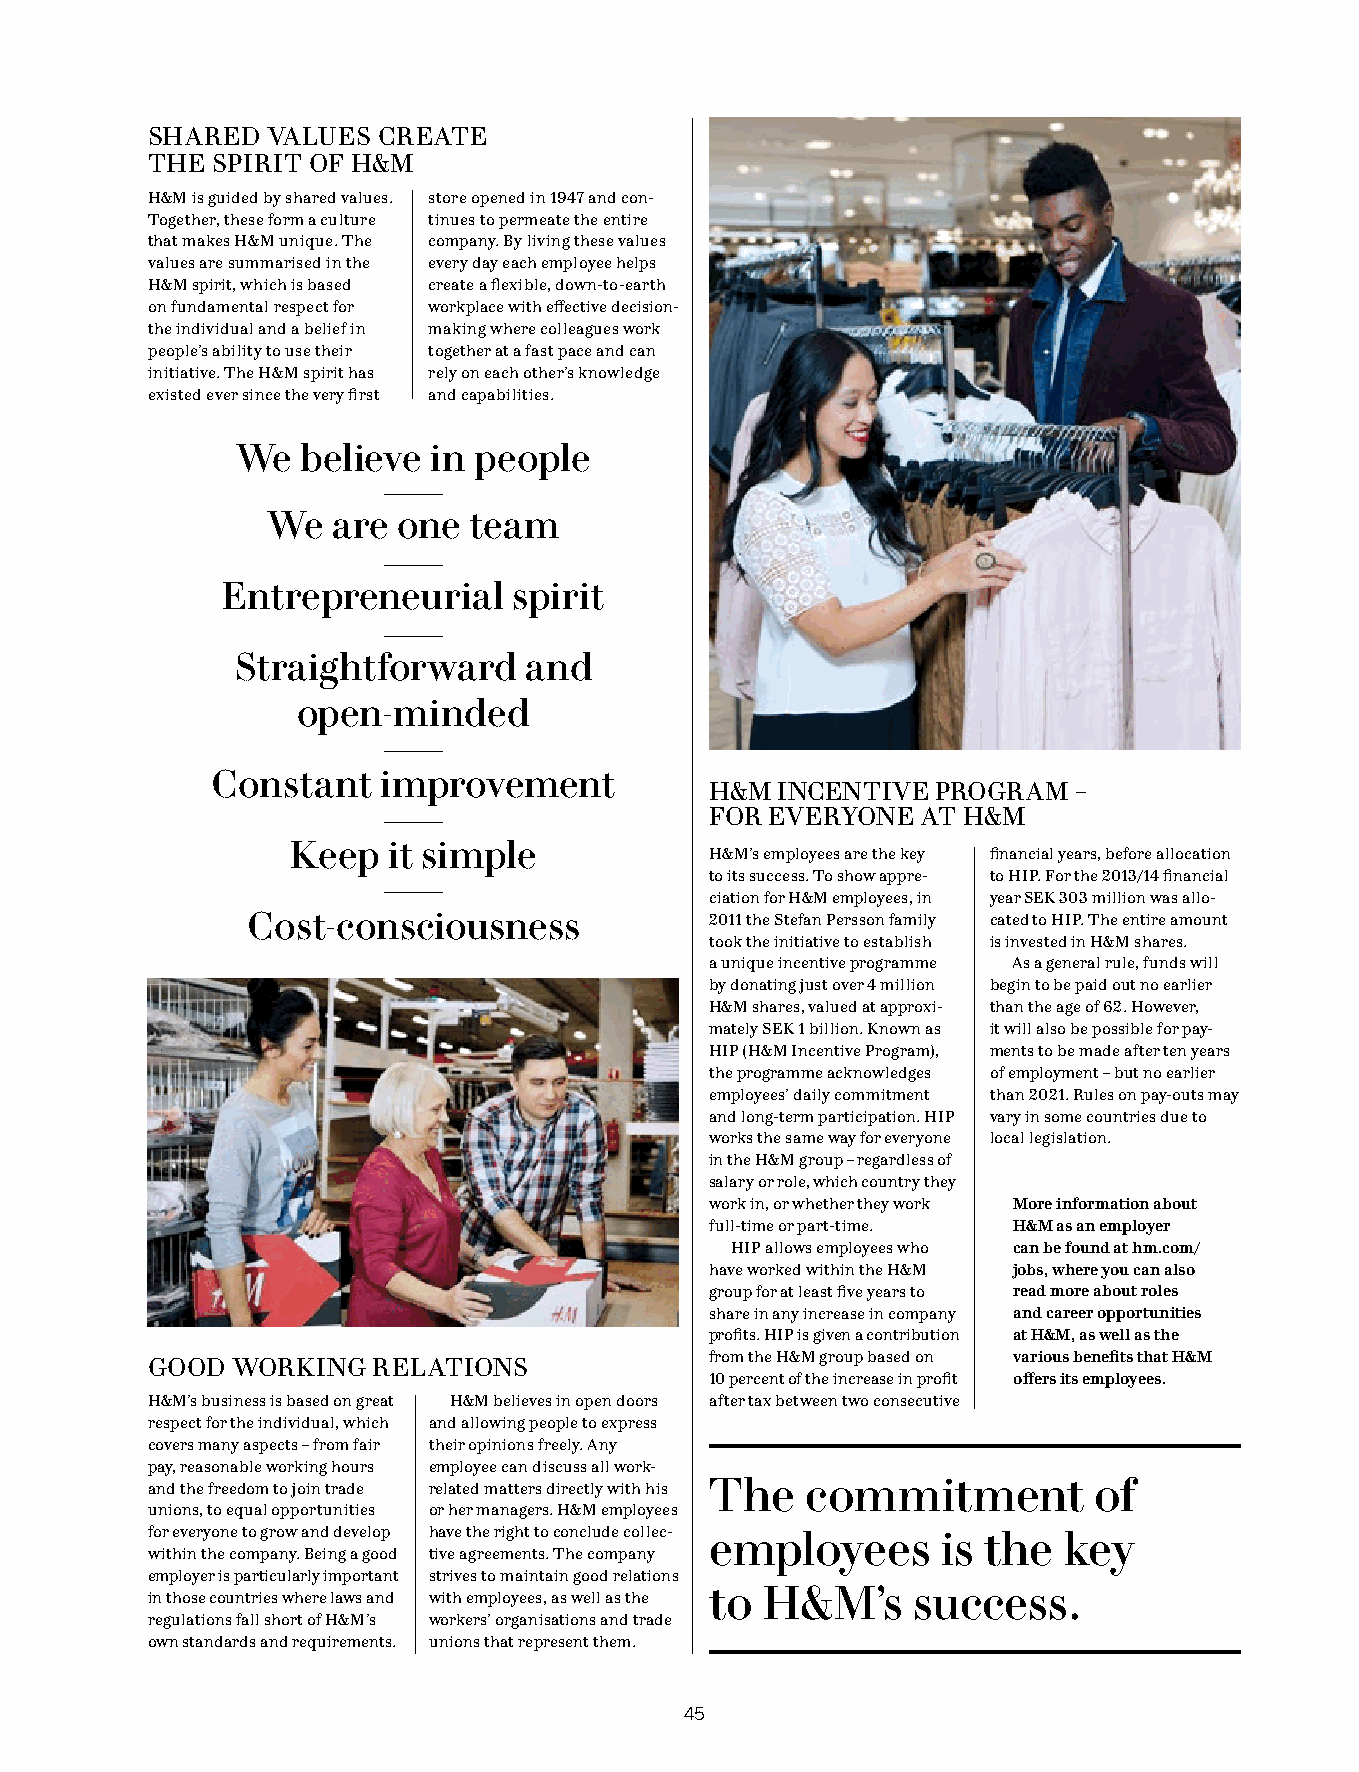
SHARED  VALUES CREATE
 THE SPIRIT OF H&M
 H&M is guided by shared values. store opened in 1947 and con-
 Together, these form a culture tinues to permeate the entire
 that makes H&M unique. The company. By living these values
 values are summarised in the every day each employee helps
 H&M spirit, which is based create a flexible, down-to-earth
 on fundamental respect for workplace with effective decision-
 the individual and a belief in making where colleagues work
 people’s ability to use their together at a fast pace and can
 initiative. The H&M spirit has rely on each other’s knowledge
 existed ever since the very first and capabilities.
 We  believe  in people
 We  are one  team
 Entrepreneurial    spirit
 Straightforward     and
 open-minded
 Constant   improvement
 H&M INCENTIVE  PROGRAM  –
 FOR EVERYONE  AT H&M
 Keep   it simple
 H&M’s employees are the key financial years, before allocation
 to its success. To show appre- to HIP. For the 2013/14 financial
 ciation for H&M employees, in year SEK 303 million was allo-
 Cost-consciousness             2011 the Stefan Persson family cated to HIP. The entire amount
 took the initiative to establish is invested in H&M shares.
 a unique incentive programme As a general rule, funds will
 by donating just over 4 million begin to be paid out no earlier
 H&M shares, valued at approxi- than the age of 62. However,
 mately SEK 1 billion. Known as it will also be possible for pay-
 HIP (H&M Incentive Program), ments to be made after ten years
 the programme acknowledges of employment – but no earlier
 employees’ daily commitment than 2021. Rules on pay-outs may
 and long-term participation. HIP vary in some countries due to
 works the same way for everyone local legislation.
 in the H&M group – regardless of
 salary or role, which country they
 work in, or whether they work More information about
 full-time or part-time. H&M as an employer
 HIP allows employees who can be found at hm.com/
 have worked within the H&M jobs, where you can also
 group for at least five years to read more about roles
 share in any increase in company and career opportunities
 profits. HIP is given a contribution at H&M, as well as the
 GOOD WORKING   RELATIONS             from the H&M group based on various benefits that H&M
 10 percent of the increase in profit offers its employees.
 H&M’s business is based on great H&M believes in open doors after tax between two consecutive
 respect for the individual, which and allowing people to express
 covers many aspects – from fair their opinions freely. Any
 pay, reasonable working hours employee can discuss all work-
 and the freedom to join trade related matters directly with his The commitment of
 unions, to equal opportunities or her managers. H&M employees
 for everyone to grow and develop have the right to conclude collec- employees is the key
 within the company. Being a good tive agreements. The company
 employer is particularly important strives to maintain good relations
 to  H&M’s    success.
 in those countries where laws and with employees, as well as the
 regulations fall short of H&M’s workers’ organisations and trade
 own standards and requirements. unions that represent them.
 45